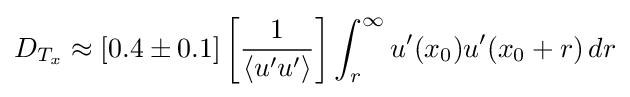
D_{T_{x}}\approx [0.4\pm 0.1]\left[{\frac {1}{\langle u'u'\rangle }}\right]\int _{r}^{\infty }u'(x_{0})u'(x_{0}+r)\,dr